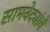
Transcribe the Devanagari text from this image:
सामवेद्यांचे